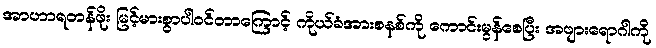
အာဟာရတန်ဖိုး မြင့်မားစွာပါဝင်တာကြောင့် ကိုယ်ခံအားစနစ်ကို ကောင်းမွန်စေပြီး အဖျားရောဂါကို